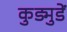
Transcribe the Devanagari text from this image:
कुड्मुडें